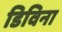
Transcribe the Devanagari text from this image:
डिविना